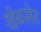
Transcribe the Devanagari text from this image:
खेळलेत